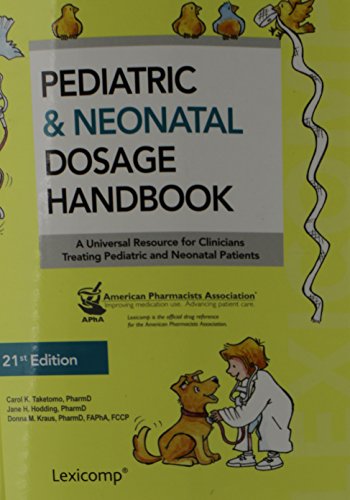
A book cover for Pediatric & Neonatal Dosage Handbook: Us Standard Edition (Pediatric Dosage Handbook); Carol K. Taketomo; Medical Books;